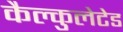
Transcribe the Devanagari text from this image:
कैल्कुलेटेड